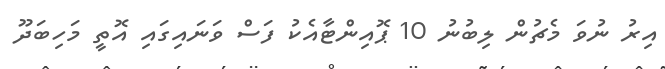
އިރު ނުވަ މެޗުން ލިބުނު 10 ޕޮއިންޓާއެކު ފަސް ވަނައިގައި އޮތީ މަހިބަދޫ